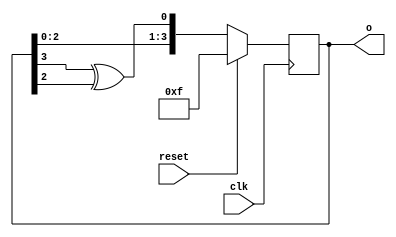
module lin(input clk,reset,output reg [3:0]o);
  always@(posedge clk)
    begin
      if(reset) o<=4'hf;
      else o={o[2:0],(o[3]^o[2])};
    end
endmodule
module lin_tb;
  reg clk,reset;
  wire [3:0]o;
  lin lfsr(clk,reset,o);
  initial begin
    $monitpr("At time %0d: o=%b",o);
    clk=0;
    reset=1;
    #50; $finish;
  end
  always #2 clk=~clk;
  initial begin 
    $dumpfile("dump.vcd");
    $dumpvars;
  end
endmodule